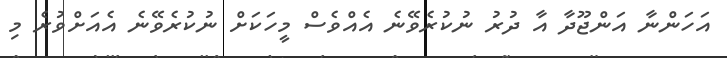
އަހަންނާ އަންޖޫދާ އާ ދުރު ނުކުރެވޭނެ އެއްވެސް މީހަކަށް ނުކުރެވޭނެ އެއަށްވުރެ މި